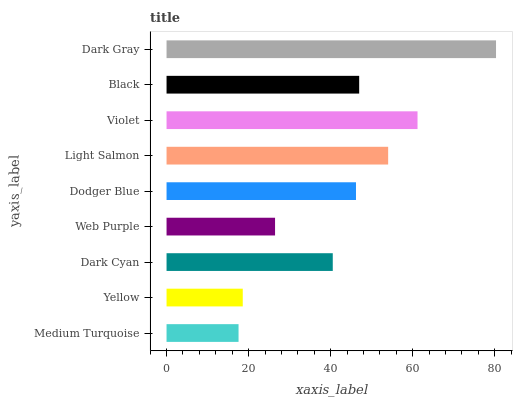
| yaxis_label | bars |
 | --- | --- |
 | Medium Turquoise | 17.6 |
 | Yellow | 18.6 |
 | Dark Cyan | 40.5 |
 | Web Purple | 26.4 |
 | Dodger Blue | 46.2 |
 | Light Salmon | 54 |
 | Violet | 61.2 |
 | Black | 47 |
 | Dark Gray | 80.3 |